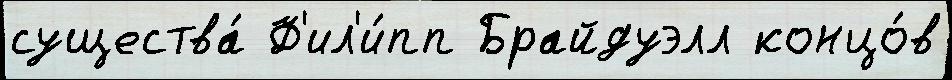
существа́ Ф'ил'и́пп Брайдуэлл концо́в